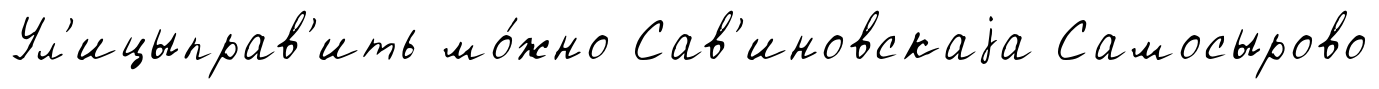
Ул'ицыправ'ить мо́жно Сав'иновскаjа Самосырово